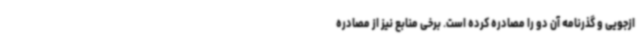
ازجویی و گذرنامه آن دو را مصادره کرده است. برخی منابع نیز از مصادره